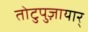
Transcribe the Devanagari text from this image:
तोटुपुज़ायार्